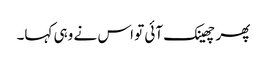
پھر چھینک آئی تو اس نے وہی کہا۔